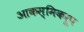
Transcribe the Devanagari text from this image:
आकस्मिकरूप